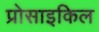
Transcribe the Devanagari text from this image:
प्रोसाइकिल